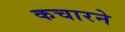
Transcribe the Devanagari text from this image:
कचारने